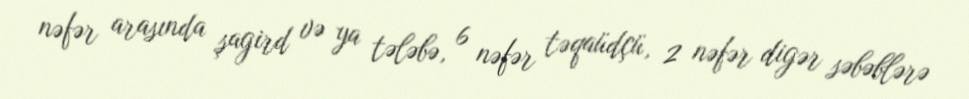
nəfər arasında şagird və ya tələbə, 6 nəfər təqaüdçü, 2 nəfər digər səbəblərə